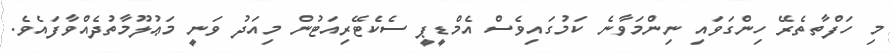
މި ހަފްތާތެރޭ ހިންގަވައި ނިންމަވާނެ ކަމުގައިވެސް އެމްޑީޕީ ސެކެޓޭރިއަޓުން މިއަދު ވަނީ މަޢުލޫމާތުދެއްވާފައެވެ.